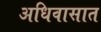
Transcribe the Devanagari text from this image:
अधिवासात